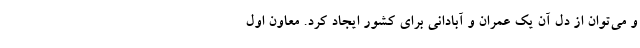
و می‌توان از دل آن یک عمران و آبادانی برای کشور ایجاد کرد. معاون اول